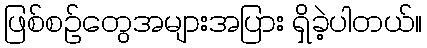
ဖြစ်စဉ်တွေအများအပြား ရှိခဲ့ပါတယ်။